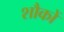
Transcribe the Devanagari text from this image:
शौकों